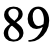
89